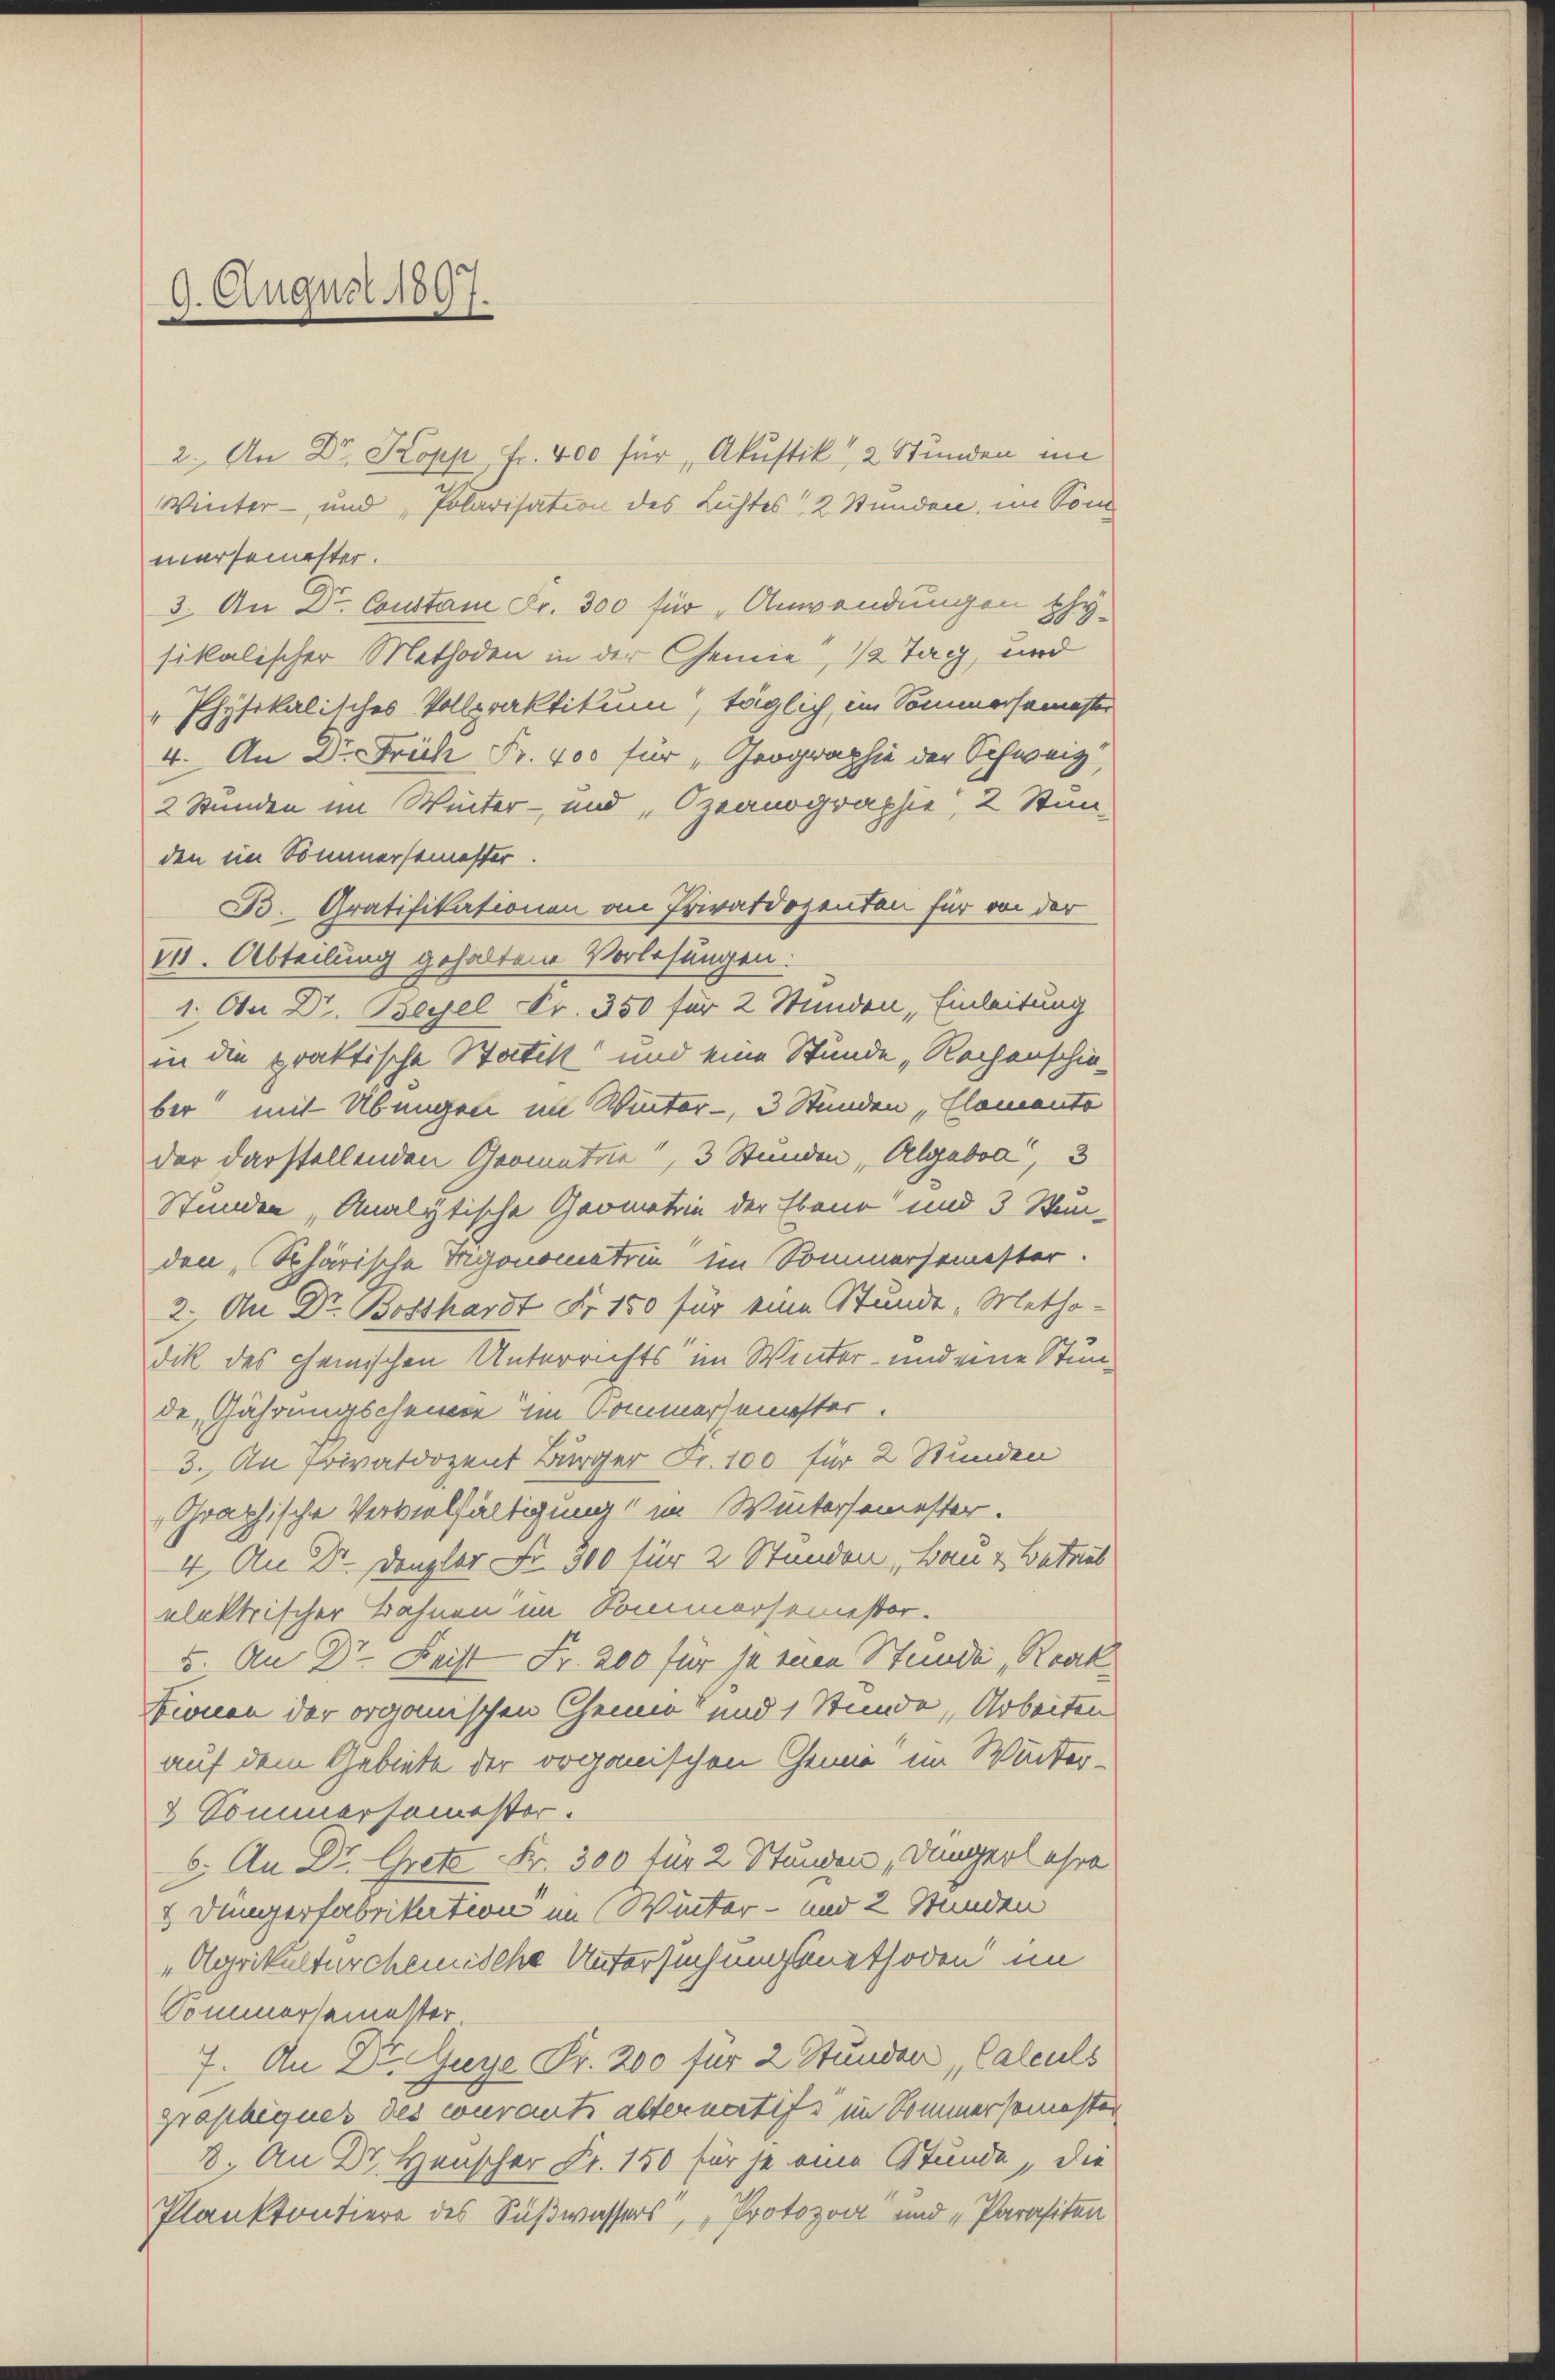
6
1. August 1897.
—

2. An Dr. Kopp Fr. 400 für „Akustik, 2 Stunden im
Winter- und „Polarisation des Lichtes 2 Stunden, im Som
mersemester.
3. An Dr. Coustan Fr. 300 für Anwendungen physikalischer Methoden in der Chemie, 12 Tag, und
Physikalisches Vollpraktikum, täglich, im Sommersemester
4. An Dr. Früh Fr. 400 für „Geographie der Schweiz,
2 Stunden im Winter- und „Ozeanographie, 2 Stimden im Sommersemester.
B. Gratifikationen an Privatdozenten für von der
11. Abteilung gehaltene Vorlesungen:
1. Ou Dr. Beyel Fr. 350 für 2 Stunden Einleitung
in die praktische Statitt und eine Stunde „Rochenschie-
ber mit Übungen im Winter, 3 Stunden Elemento
der darstellenden Geometrie, 3 Stunden, Algebra, 3
Stunden, Analytische Geometrie der Ebene und 3 Senden Schärische Ingonometrin im Sommersemester.
2. An Dr. Bosthardt Fr. 150 für eine Stunde „Metho-
dik des chemischen Unterrichts im Winter- und eine Stunde, Gährungscheiner im Kommersemester.
3. An Privatdozent Bürger Fr. 100 für 2 Stunden
Graphische Vervielfältigung im Wintersemester.
4. An Dr. Denzler Fr. 300 für 2 Stunden Bau & Betrieb
elektrischer Bahnen im Sommersemester.
5. An Dr. Leist Fr. 200 für je einen Stunde Reak
Fionen der organischen Chemia" und 1 Stunde, Arbeiten
auf dem Gebiete der organischen Chemie im Winter¬
8 Sommersemester.
6. An Dr. Grete Fr. 300 für 2 Stunden, Düngerl ehre
2 Düngerfabrikation im Winter- und 2 Stunden
„Agrikulturchemische Untersuchungsmethoden im
Sommersemester
7. An Dr Guye Fr. 200 für 2 Stunden, Calculs
graphiques des courants alternatifs im Sommersemesten
8. An Dr. Henscher Fr. 150 für je eine Stunde, die
Plankontiere des Süßwassers, „Protozon und „Parasiten